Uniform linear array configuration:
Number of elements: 16
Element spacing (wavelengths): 1
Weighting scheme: kaiser
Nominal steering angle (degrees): -45
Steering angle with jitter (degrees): -44.493
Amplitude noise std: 0.05
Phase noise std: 0.05

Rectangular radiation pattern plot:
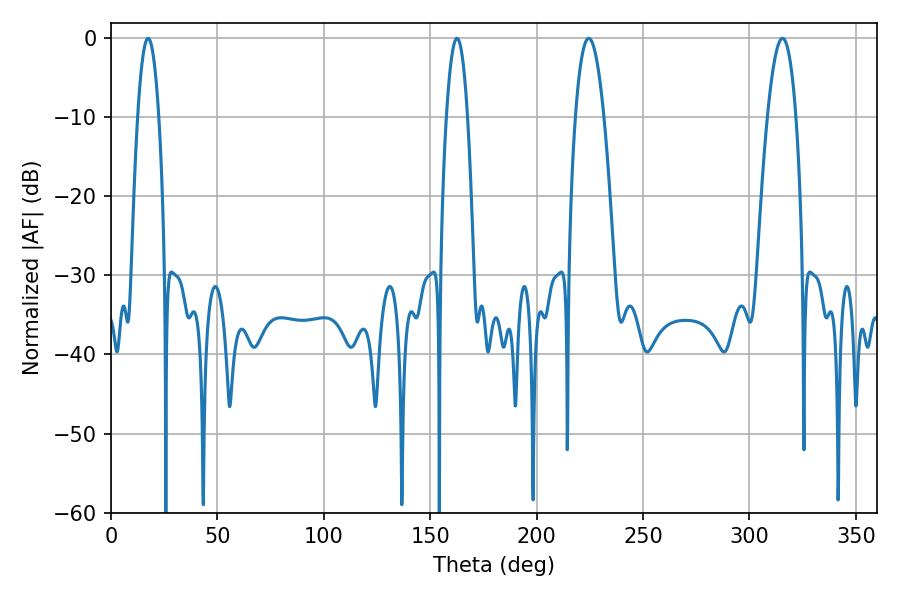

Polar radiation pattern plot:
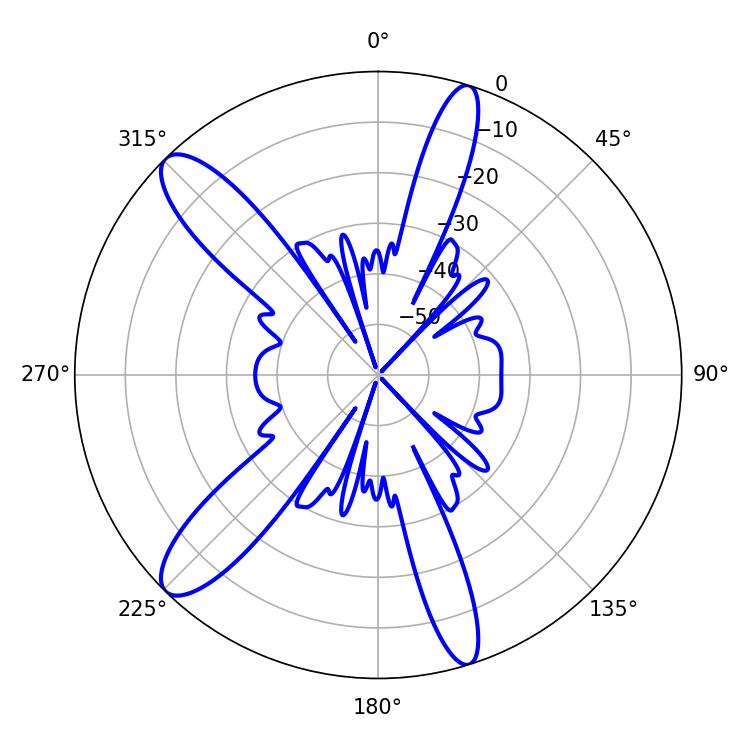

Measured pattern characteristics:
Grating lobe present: TRUE
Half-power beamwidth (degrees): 7.38
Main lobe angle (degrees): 224.46